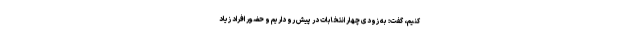
کنیم، گفت: به زودی چهار انتخابات در پیش رو داریم و حضور افراد زیاد